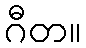
ဂီတ။